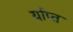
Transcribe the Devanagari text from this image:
र्याप्त